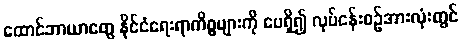
ထောင်ဘာယာတွေ နိုင်ငံရေးရာကိစ္စများကို ပေရှိ၍ လုပ်ငန်းစဉ်အားလုံးတွင်